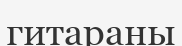
гитараны